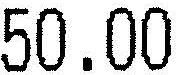
50.00